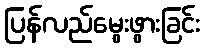
ပြန်လည်မွေးဖွားခြင်း